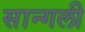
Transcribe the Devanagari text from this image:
सान्गली